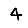
Digit: 4